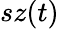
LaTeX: sz(t)